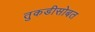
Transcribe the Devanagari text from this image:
तुकडीसोबत